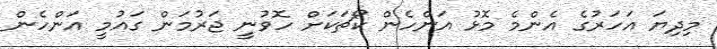
މިދިޔަ އަހަރުގެ އެންމެ މޮޅު އަންހެން ކޯޗަކަށް ހޮވުނީ ޖަރުމަން ގައުމީ އަންހެން